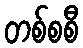
တစ်စစီ